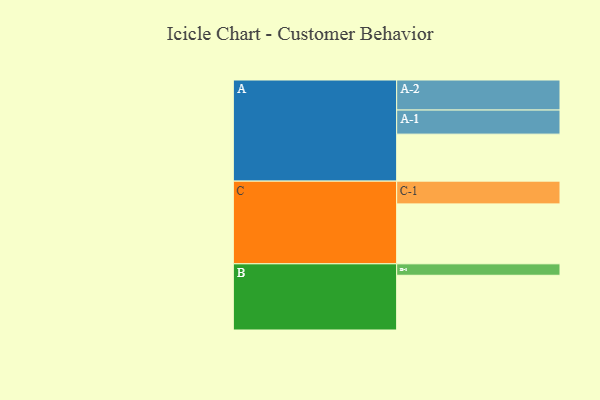
{"axis": {"x": "Segment", "y": "Value"}, "legend": ["", "A", "B", "C"], "data": [{"x": "A", "y": 316, "type": ""}, {"x": "B", "y": 368, "type": ""}, {"x": "C", "y": 403, "type": ""}, {"x": "A-1", "y": 162, "type": "A"}, {"x": "A-2", "y": 202, "type": "A"}, {"x": "B-1", "y": 77, "type": "B"}, {"x": "C-1", "y": 153, "type": "C"}]}